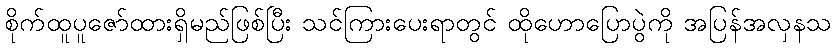
စိုက်ထူပူဇော်ထားရှိမည်ဖြစ်ပြီး သင်ကြားပေးရာတွင် ထိုဟောပြောပွဲကို အပြန်အလှနသ